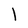
Character: l